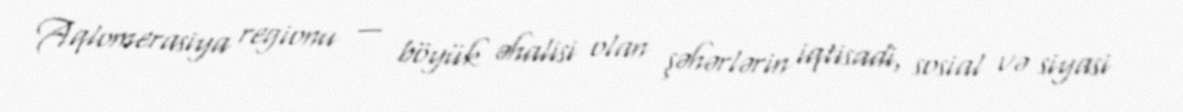
Aqlomerasiya regionu — böyük əhalisi olan şəhərlərin iqtisadi, sosial və siyasi